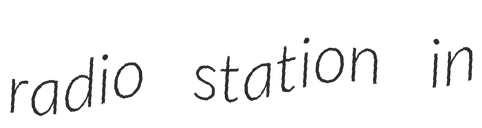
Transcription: radio station in